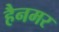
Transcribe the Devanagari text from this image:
हैनमर